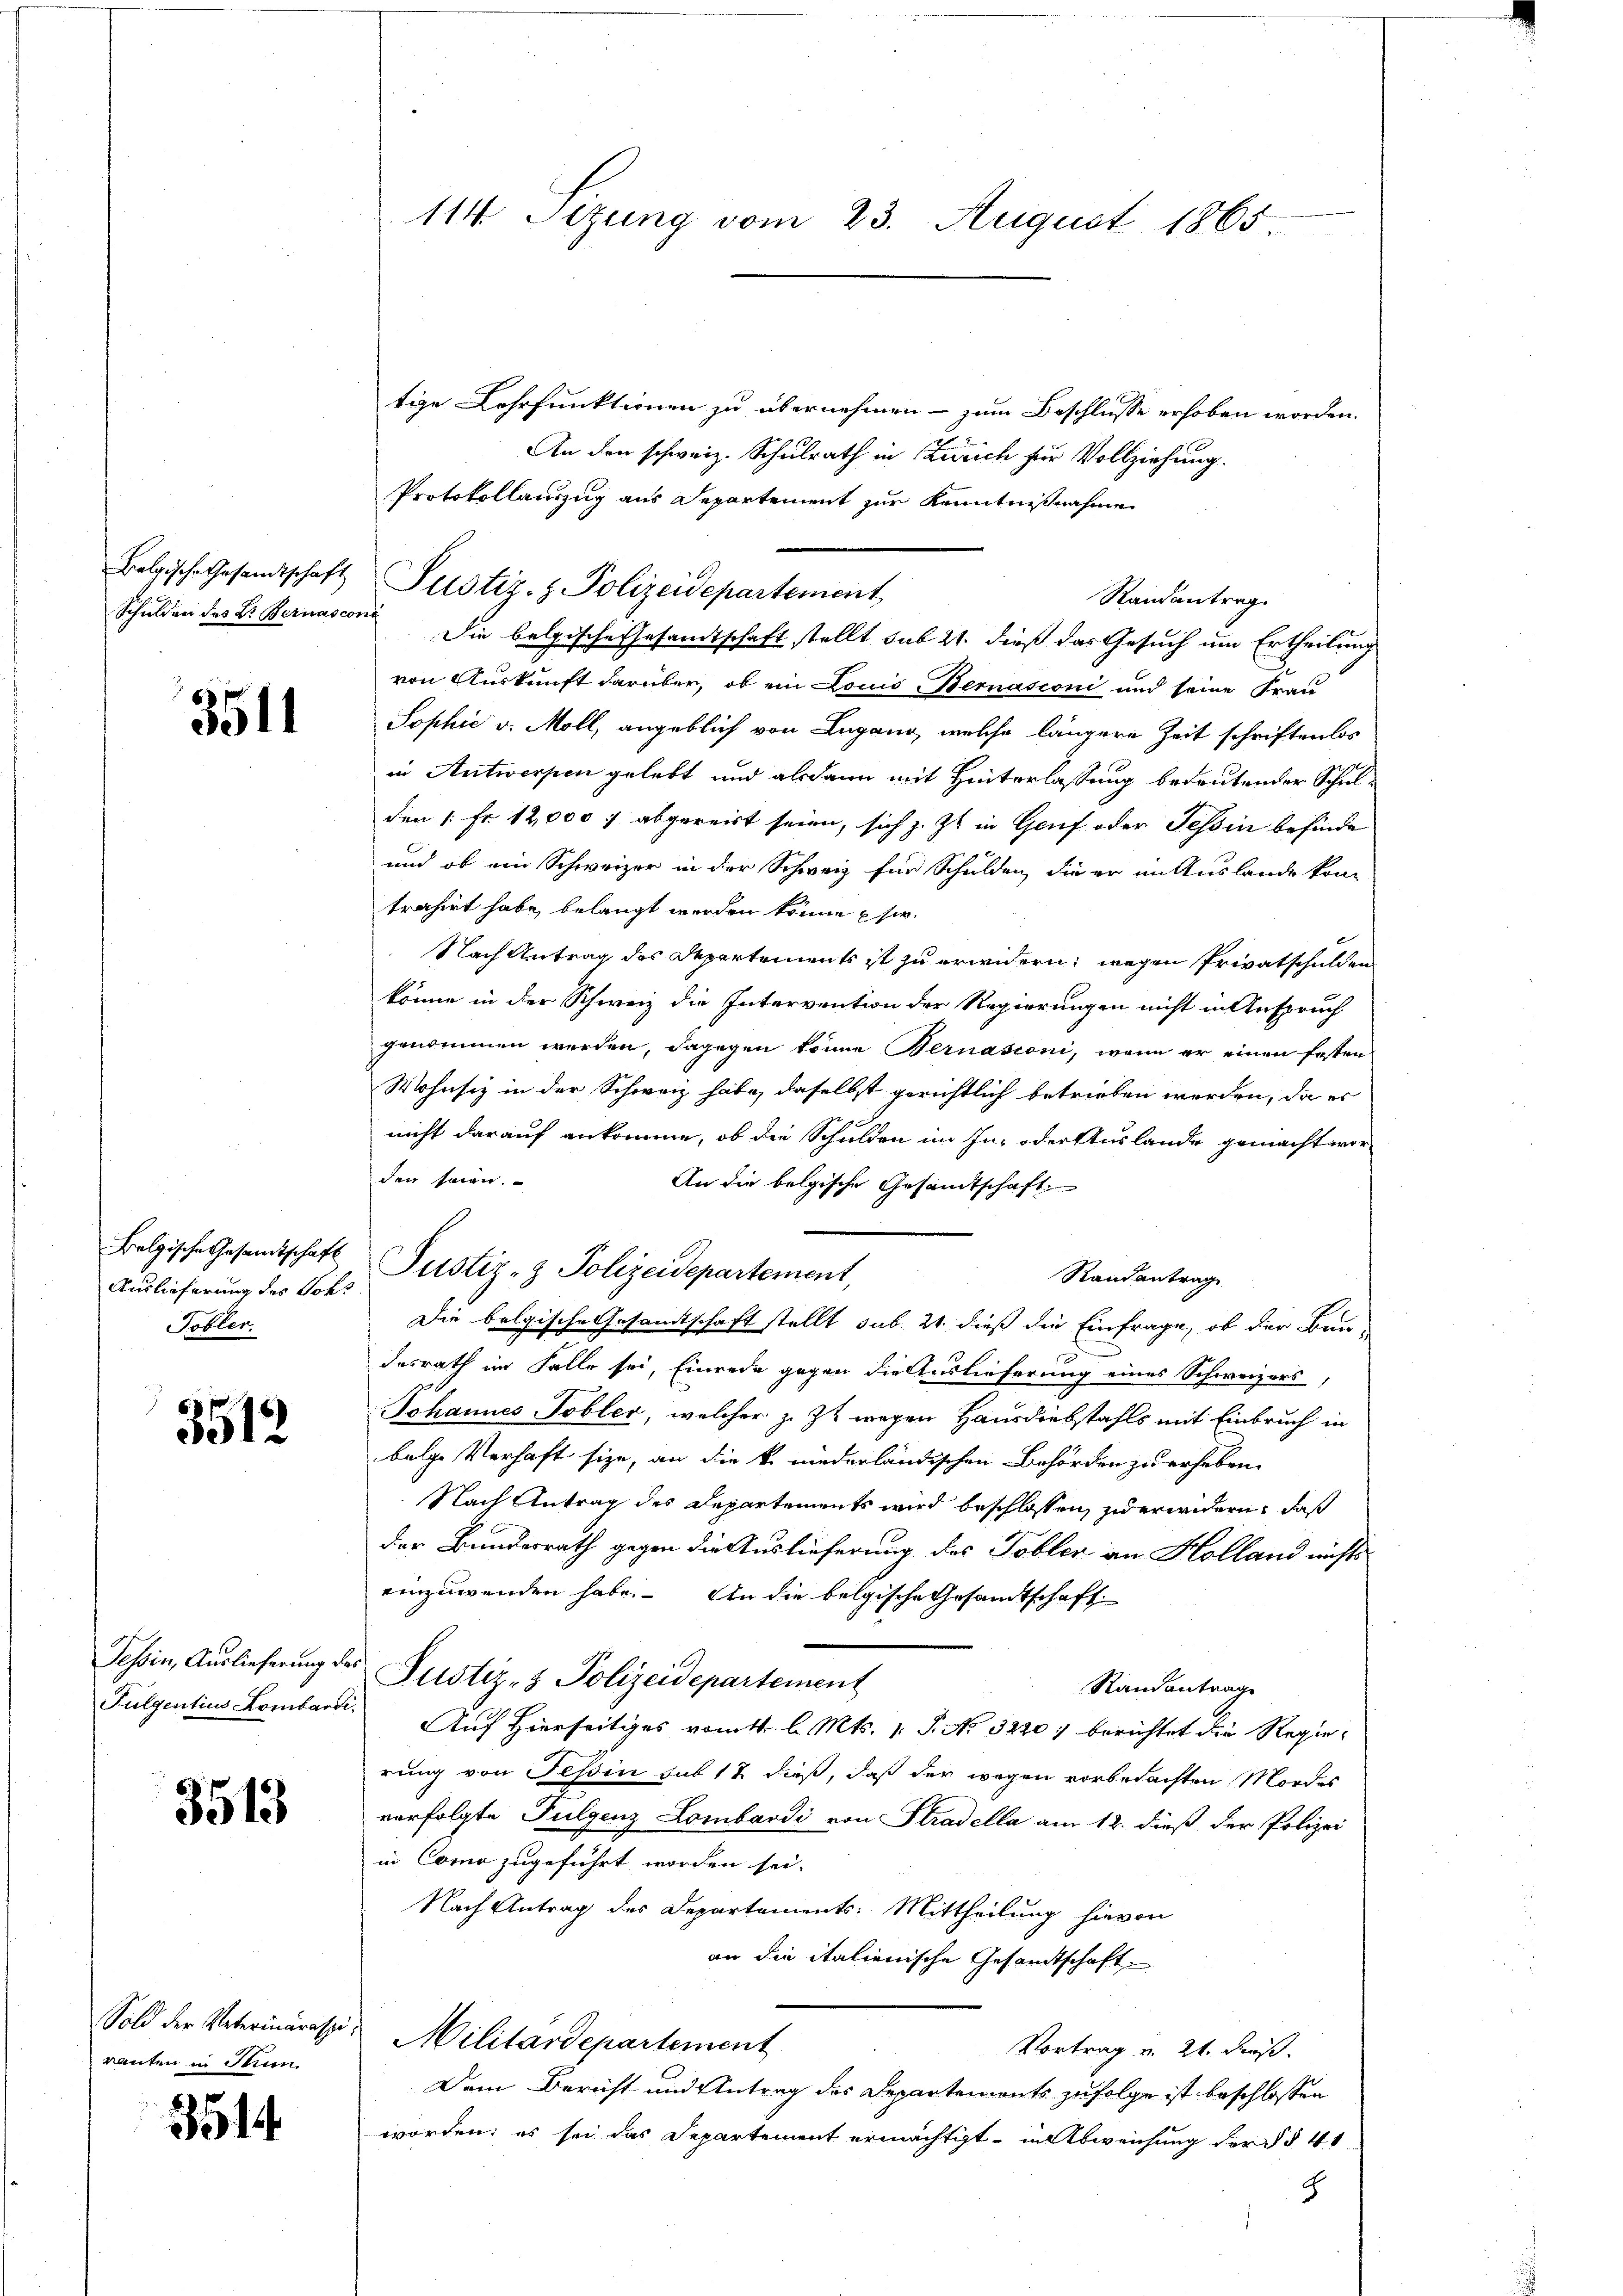
Schulden des Dr. Bernasconi

3511

Auslieferung des Soks
Tobler.

3512

3513

ranten in Stun

3514.

114 Sezung vom 23. August 1865

tige Lehrfunktionen zu übernehmen - zum Beschlusse erhoben worden.
An den schweiz. Schulrath in Zürich für Vollziehung.
Protokollauszug aus Departement zur Kenntnißnahme
Randantrag.
Die belgische Gesandtschaft stellt sub 21. dieß das Gesuch um Ertheilung
von Auskunft darüber, ob ein Louis Bernasconi und seine Frau
Sophie v. Moll, angeblich von Lugano, welche längere Zeit schriftenlos
in Antwerpen gelebt und alsdann mit Hinterlassung bedeutender Schulden 1 Fr. 12,000 f abgereist seien, sich z. Zt. in Gruf oder Tessin befinde
und ob ein Schweizer in der Schweiz für Schulden, die er in Auslande kontrahirt habe, belangt werden könne sie.
Nach Antrag des Departements ist zu erwidern, wegen Privatschulden
könne in der Schweiz die Intervention der Regierungen nicht in Anspruch
genommen werden, dagegen könne Bernasconi, wenn er einen festen
Wohnsiz in der Schweiz habe, daselbst gerichtlich betrieben werden, da es
nicht darauf ankomme, ob die Schulden im In- oder Auslande gemacht worden seien.
An die belgische Gesandtschaft.
Randantrag
Die belgische Gesandtschaft stellt sub. 21. dieß die Einfrage, ob der Bau-
desrath im Falle sei, Einrede gegen die Auslieferung eines Schweizers,
Johannes Tobler, welcher z. Zt. wegen Hausdiebstahls mit Einbruch in
bolge Verhaft sie, an die k. niederländischen Behörden zu erheben.
 Nach Antrag des Departements wird beschlossen, zu erwidern, daß
der Bundesrath gegen die Auslieferung des Tobler an Holland nichts
einzuwenden habe. An die belgische Gesamtschaft
Tessin, Auslieferung der Justiz- & Polizeidepartement
Randantrage
Fulgentius Lombarde. Auf Hierseitiges vom 1. l. Mts. 1. P. No. 3220) berichtet die Regierung von Tessin sub 12 dieß, daß der wegen vorbedachten Mordes
verfolgte Fulgenz Lombardi von Stradella am 12. dieß der Polizei
in Como zugeführt worden sei.
Nach Antrag des Departements: Mittheilung hievon
an die italienische Gesandtschaft.
Sold der Veterinäres Militärdepartement
Vortrag u. 21. dieß.
Dem Bericht und Antrag des Departements zufolge ist beschlossen
worden; es sei das Departement ermächtigt, in Abweichung der §§ 41
8

Belgische Gesandtschaft Justiz- & Polizeidepartement

Bolzische Gesandtschaft Justiz- & Polizeidepartement,